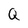
Character: Q